Report of the veterinary officer investigating camel disease
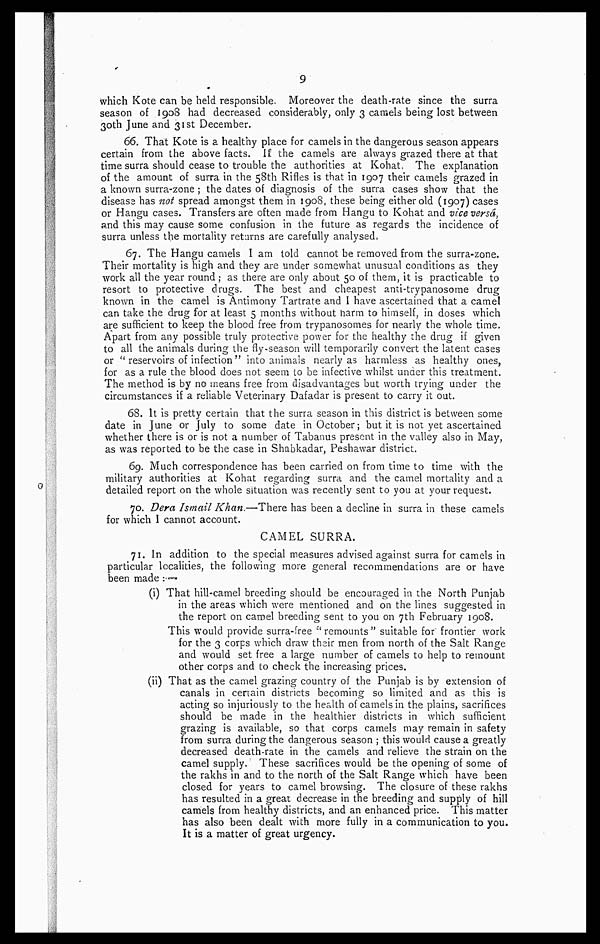
9
which Kote can be held responsible. Moreover the death-rate since the surra
season of 1908 had decreased considerably, only 3 camels being lost between
30th June and 31st December.
66. That Kote is a healthy place for camels in the dangerous season appears
certain from the above facts. If the camels are always grazed there at that
time surra should cease to trouble the authorities at Kohat, The explanation
of the amount of surra in the 58th Rifles is that in 1907 their camels grazed in
a known surra-zone ; the dates of diagnosis of the surra cases show that the
disease has not spread amongst them in 1908, these being either old (1907) cases
or Hangu cases. Transfers are often made from Hangu to Kohat and vice versa,
and this may cause some confusion in the future as regards the incidence of
surra unless the mortality returns are carefully analysed,
67. The Hangu camels I am told cannot be removed from the surra-zone.
Their mortality is high and they are under somewhat unusual conditions as they
work all the year round; as there are only about 50 of them, it is practicable to
resort to protective drugs. The best and cheapest anti-trypanosome drug
known in the camel is Antimony Tartrate and I have ascertained that a camel
can take the drug for at least 5 months without harm to himself, in doses which
are sufficient to keep the blood free from trypanosomes for nearly the whole time,
Apart from any possible truly protective power for the healthy the drug if given
to all the animals during the fly-season will temporarily convert the latent cases
or " reservoirs of infection" into animals nearly as harmless as healthy ones,
for as a rule the blood does not seem to be infective whilst under this treatment.
The method is by no means free from disadvantages but worth trying under the
circumstances if a reliable Veterinary Dafadar is present to carry it out.
68. It is pretty certain that the surra season in this district is between some
date in June or July to some date in October; but it is not yet ascertained
whether there is or is not a number of Tabanus present in the valley also in May,
as was reported to be the case in Shabkadar, Peshawar district.
69. Much correspondence has been carried on from time to time with the
military authorities at Kohat regarding surra and the camel mortality and a
detailed report on the whole situation was recently sent to you at your request.
70. Dera Ismail Khan.—There has been a decline in surra in these camels
for which I cannot account.
CAMEL SURRA.
71. In addition to the special measures advised against surra for camels in
particular localities, the following more general recommendations are or have
been made :—
(i) That hill-camel breeding should be encouraged in the North Punjab
in the areas which were mentioned and on the lines suggested in
the report on camel breeding sent to you on 7th February 1908.
This would provide surra-free "remounts" suitable for' frontier work
for the 3 corps which draw their men from north of the Salt Range
and would set free a large number of camels to help to remount
other corps and to check the increasing prices.
(ii) That as the camel grazing country of the Punjab is by extension of
canals in certain districts becoming so limited and as this is
acting so injuriously to the health of camels in the plains, sacrifices
should be made in the healthier districts in which sufficient
grazing is available, so that corps camels may remain in safety
from surra during the dangerous season ; this would cause a greatly
decreased death-rate in the camels and relieve the strain on the
camel supply. These sacrifices would be the opening of some of
the rakhs in and to the north of the Salt Range which have been
closed for years to camel browsing. The closure of these rakhs
has resulted in a great decrease in the breeding and supply of hill
camels from healthy districts, and an enhanced price. This matter
has also been dealt with more fully in a communication to you.
It is a matter of great urgency.